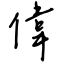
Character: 偉